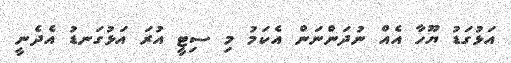
އަޅުގަޑު ޔޫހާ އެއް ނުދަންނަން އެކަމު މި ސިޓީ އުރަ އަޅުގަނޑު އެދެނީ